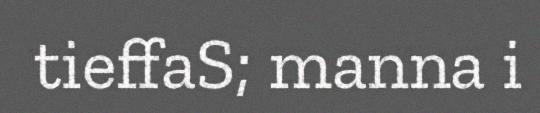
tieffaS; manna i